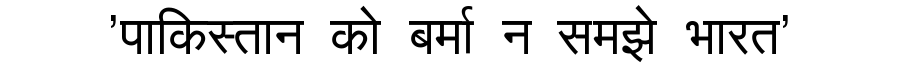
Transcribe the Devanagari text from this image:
'पाकिस्तान को बर्मा न समझे भारत'